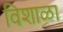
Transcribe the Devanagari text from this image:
विशाळा